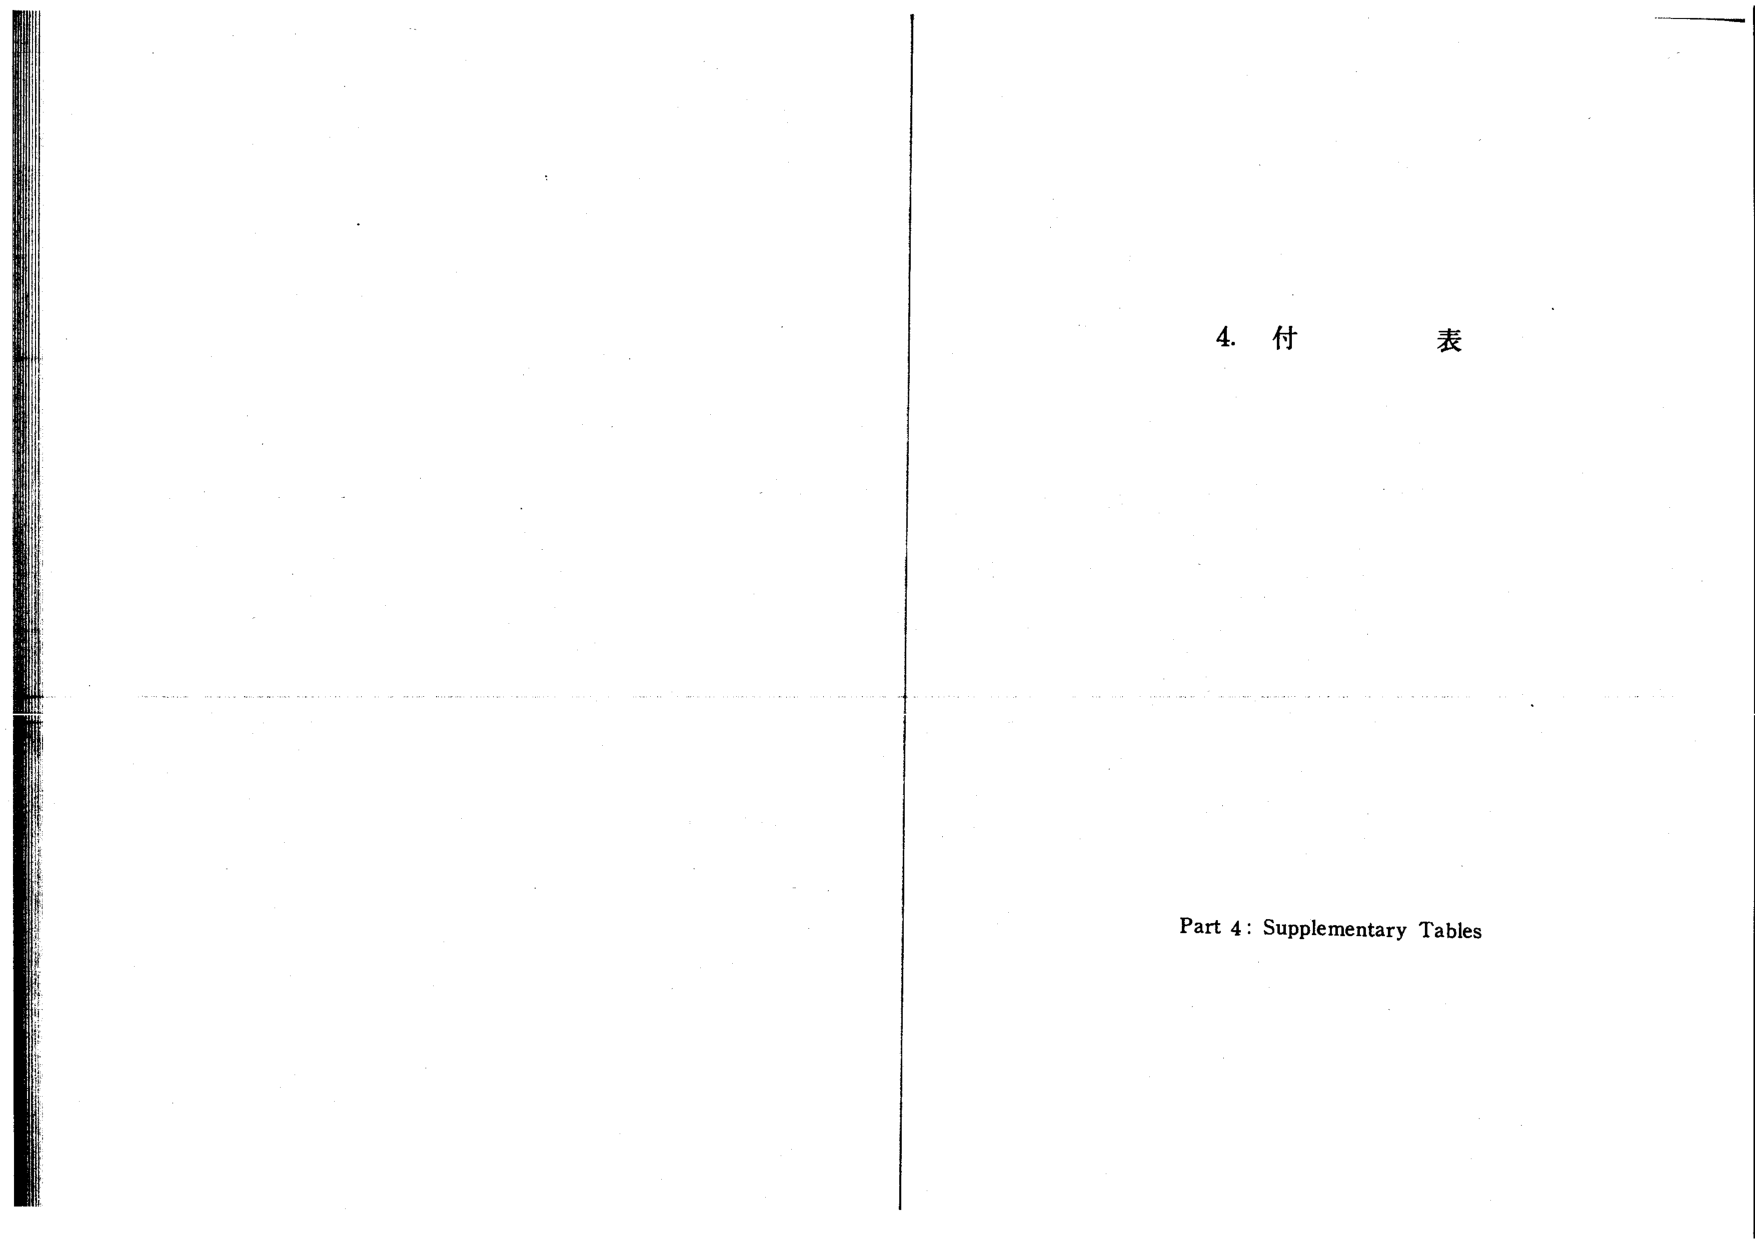
4. 付 表
Part 4: Supplementary Tables